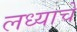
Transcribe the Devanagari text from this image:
लध्याचे